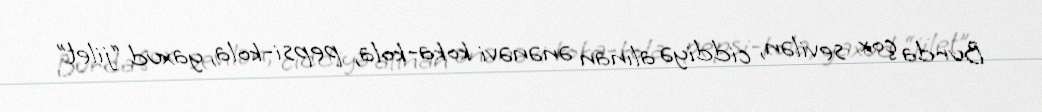
Burda çox sevilən, ciddiyə alınan ənənəvi koka-kola, pepsi-kola, yaxud “jilet”